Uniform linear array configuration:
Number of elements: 64
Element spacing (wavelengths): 0.75
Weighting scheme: hamming
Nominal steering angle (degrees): -15
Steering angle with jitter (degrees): -13.703
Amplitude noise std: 0.05
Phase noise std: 0.05

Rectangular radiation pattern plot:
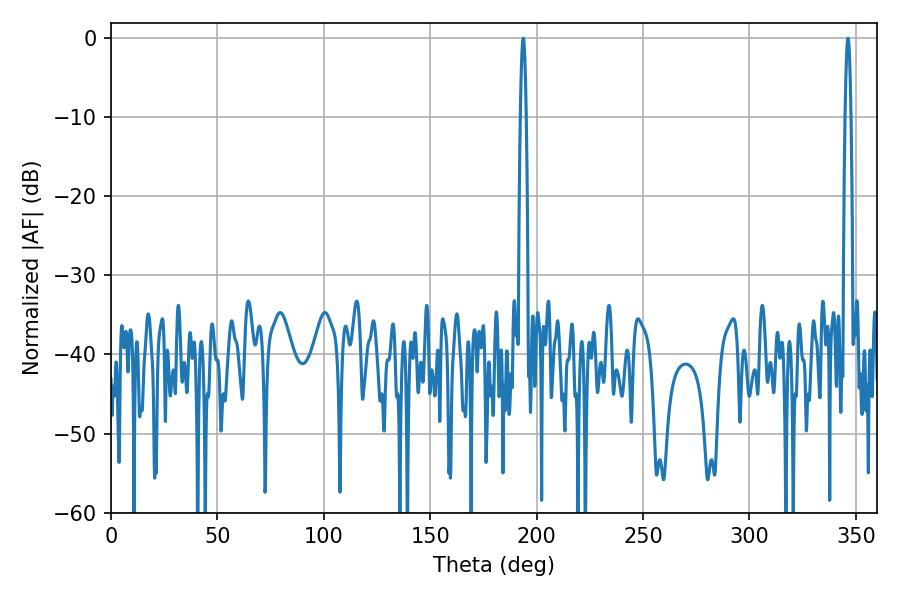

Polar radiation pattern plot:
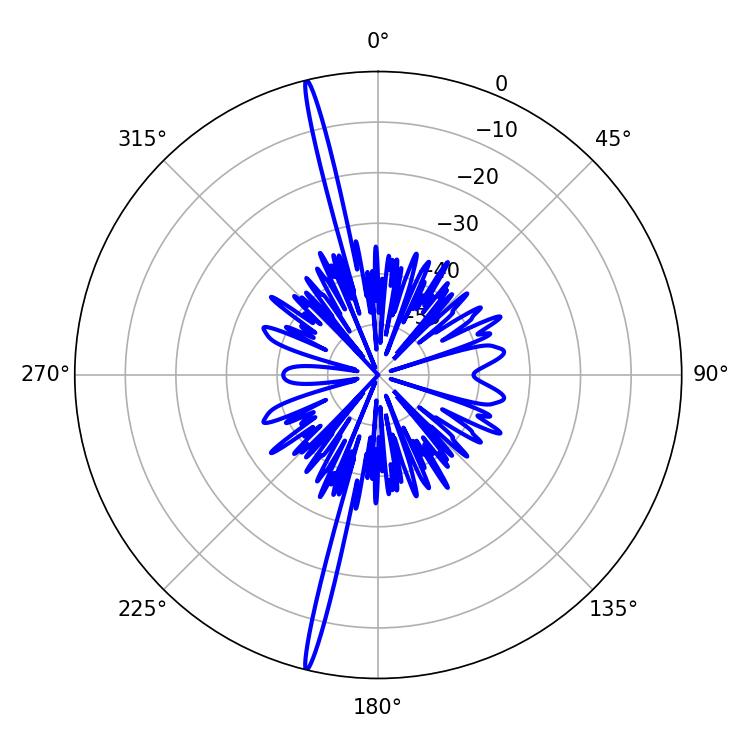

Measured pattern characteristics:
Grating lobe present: TRUE
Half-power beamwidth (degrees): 1.44
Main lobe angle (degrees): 193.68